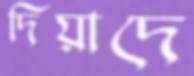
দিয়াদে